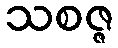
သစဇ္ဇ